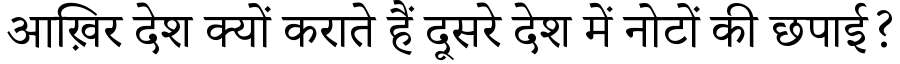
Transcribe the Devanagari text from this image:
आख़िर देश क्यों कराते हैं दूसरे देश में नोटों की छपाई?